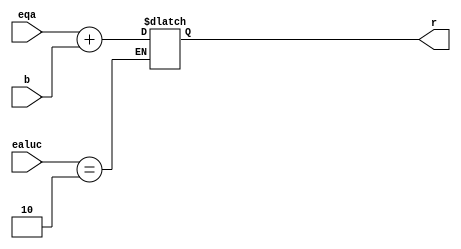
`timescale 1ns / 1ps
//////////////////////////////////////////////////////////////////////////////////
// Company: 
// Engineer: 
// 
// Design Name: 
// Module Name: alu
// Project Name: 
// Target Devices: 
// Tool Versions: 
// Description: 
// 
// Dependencies: 
// 
// Revision:
// Revision 0.01 - File Created
// Additional Comments:
// 
//////////////////////////////////////////////////////////////////////////////////


module alu(
    input [31:0] eqa,
    input [31:0] b,
    input [3:0] ealuc,
    output reg [31:0] r
    );
    
    always @(*) begin
        if (ealuc == 4'b0010)
        begin
            r = eqa + b;
        end
    end
endmodule